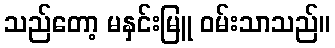
သည်တော့ မနှင်းမြူ ဝမ်းသာသည်။